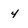
Character: 4